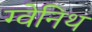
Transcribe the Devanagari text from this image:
ग्वेनिथ